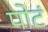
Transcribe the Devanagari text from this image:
पोटं